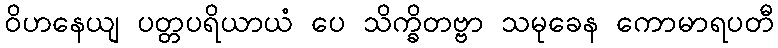
ဝိဟနေယျ ပတ္တပရိယာယံ ပေ သိက္ခိတဗ္ဗာ သမုခေန ကောမာရပတီ